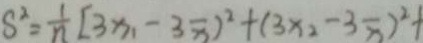
S ^ { 2 } = \frac { 1 } { n } [ 3 x _ { 1 } - 3 \overline { x } ) ^ { 2 } + ( 3 x _ { 2 } - 3 \overline { x } ) ^ { 2 } +